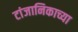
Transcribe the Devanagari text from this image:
टांजानिकाच्या